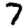
Digit: 7